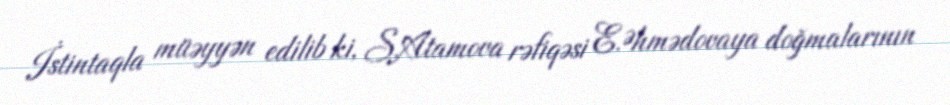
İstintaqla müəyyən edilib ki, S.Atamova rəfiqəsi E.Əhmədovaya doğmalarının